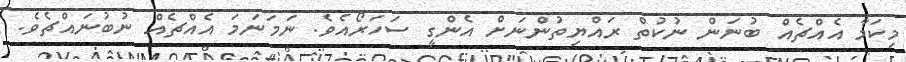
މިކަމާ އެއްޗެއް ބުނަން ނުކުތް ރައްޔިތުންނަށް އެންގީ ސަހަރޯއެވެ. ނަމަނަމަ އެއްޗެއް ނުބުނައްޗެވެ.